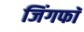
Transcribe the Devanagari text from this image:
जिंगफाॅ